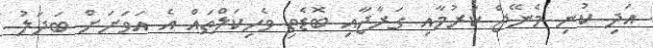
އަދި ކުނި މެނޭޖް ކުރުމާއި ގަރާޖާއި ބޮޑެތި ވެހިކަލްތައް އެ އަވަށަށް ބަދަލު